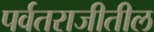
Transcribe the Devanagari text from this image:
पर्वतराजीतील